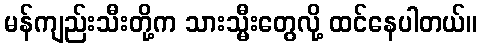
မန်ကျည်းသီးတို့က သားသ္မီးတွေလို့ ထင်နေပါတယ်။